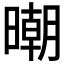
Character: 𣊿